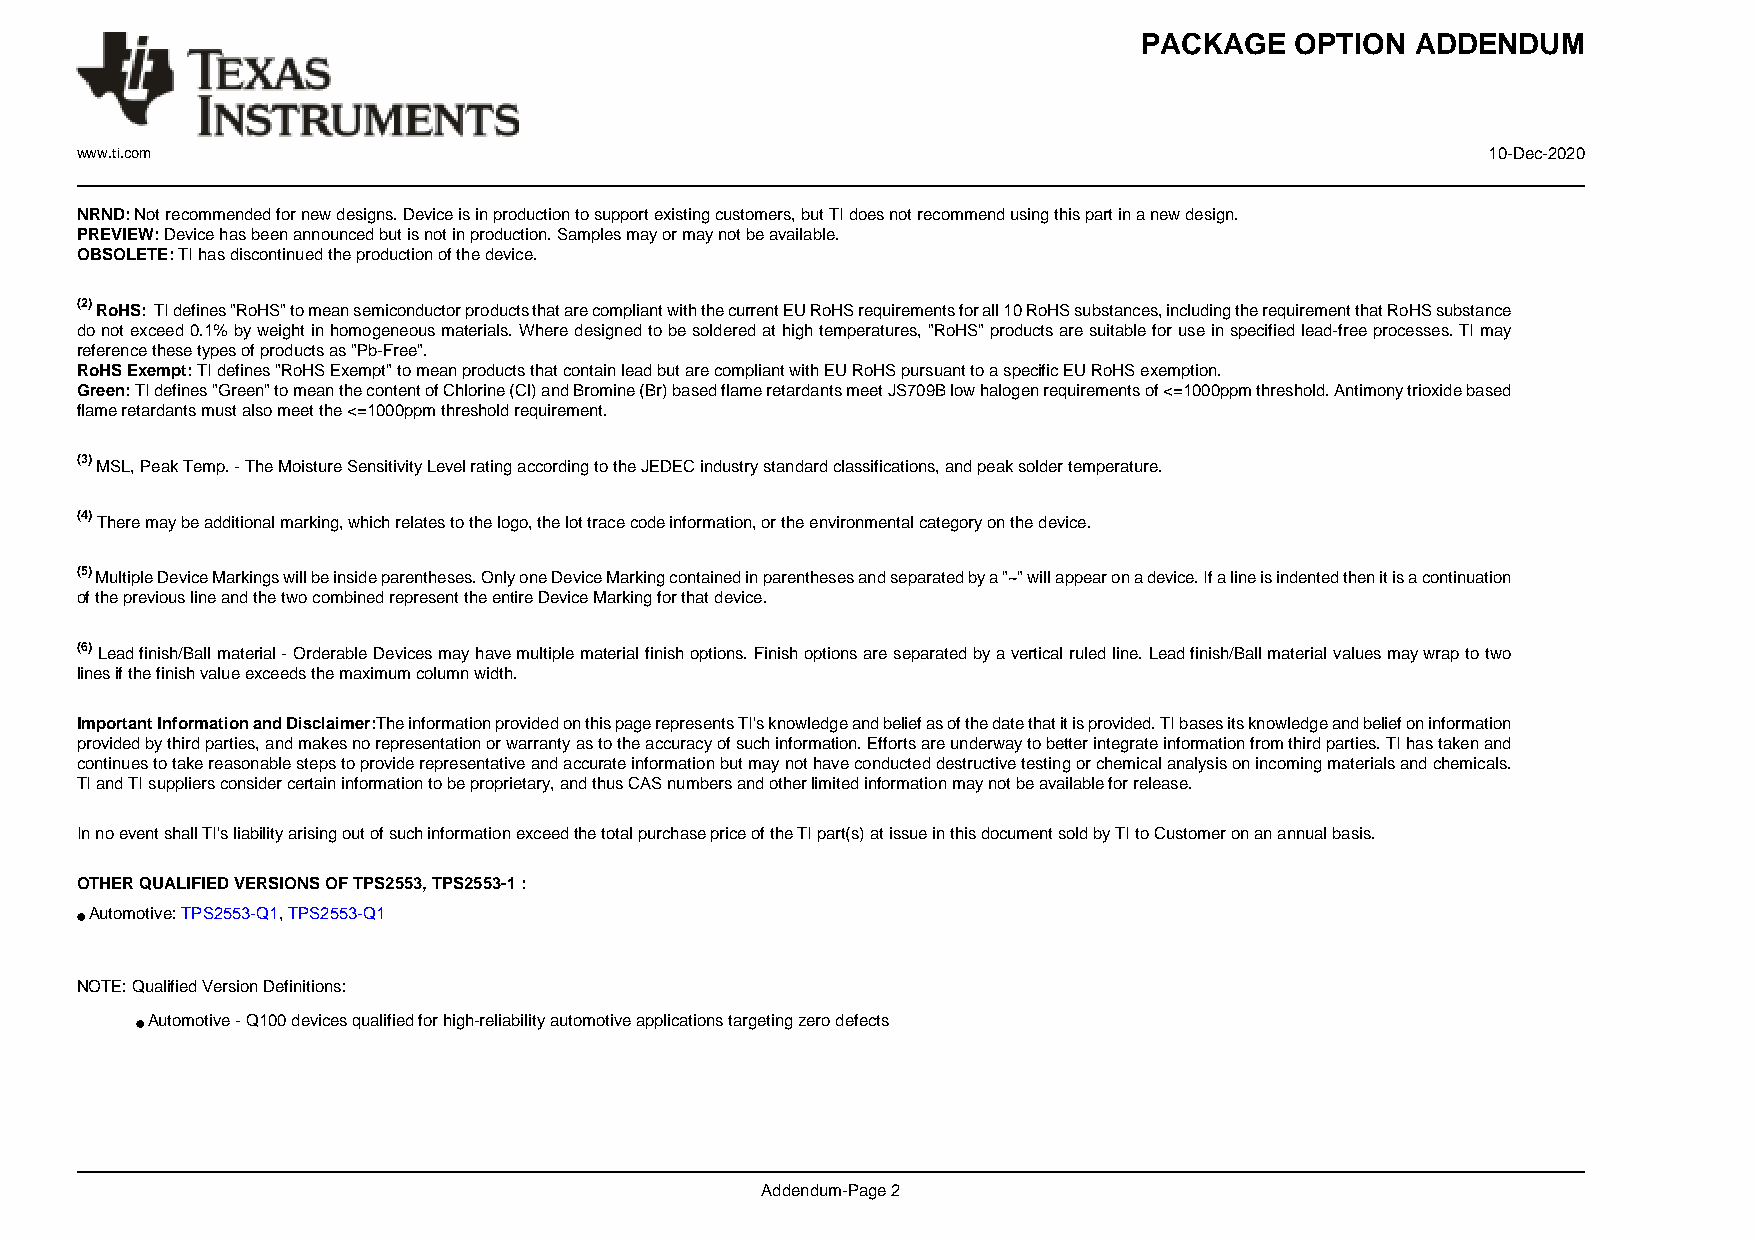
PACKAGE    OPTION  ADDENDUM
 www.ti.com                                                                                   10-Dec-2020
 NRND: Not recommended for new designs. Device is in production to support existing customers, but TI does not recommend using this part in a new design.
 PREVIEW: Device has been announced but is not in production. Samples may or may not be available.
 OBSOLETE: TI has discontinued the production of the device.
 (2) RoHS: TI defines "RoHS" to mean semiconductor products that are compliant with the current EU RoHS requirements for all 10 RoHS substances, including the requirement that RoHS substance
 do not exceed 0.1% by weight in homogeneous materials. Where designed to be soldered at high temperatures, "RoHS" products are suitable for use in specified lead-free processes. TI may
 reference these types of products as "Pb-Free".
 RoHS Exempt: TI defines "RoHS Exempt" to mean products that contain lead but are compliant with EU RoHS pursuant to a specific EU RoHS exemption.
 Green: TI defines "Green" to mean the content of Chlorine (Cl) and Bromine (Br) based flame retardants meet JS709B low halogen requirements of <=1000ppm threshold. Antimony trioxide based
 flame retardants must also meet the <=1000ppm threshold requirement.
 (3) MSL, Peak Temp. - The Moisture Sensitivity Level rating according to the JEDEC industry standard classifications, and peak solder temperature.
 (4) There may be additional marking, which relates to the logo, the lot trace code information, or the environmental category on the device.
 (5) Multiple Device Markings will be inside parentheses. Only one Device Marking contained in parentheses and separated by a "~" will appear on a device. If a line is indented then it is a continuation
 of the previous line and the two combined represent the entire Device Marking for that device.
 (6) Lead finish/Ball material - Orderable Devices may have multiple material finish options. Finish options are separated by a vertical ruled line. Lead finish/Ball material values may wrap to two
 lines if the finish value exceeds the maximum column width.
 Important Information and Disclaimer:The information provided on this page represents TI's knowledge and belief as of the date that it is provided. TI bases its knowledge and belief on information
 provided by third parties, and makes no representation or warranty as to the accuracy of such information. Efforts are underway to better integrate information from third parties. TI has taken and
 continues to take reasonable steps to provide representative and accurate information but may not have conducted destructive testing or chemical analysis on incoming materials and chemicals.
 TI and TI suppliers consider certain information to be proprietary, and thus CAS numbers and other limited information may not be available for release.
 In no event shall TI's liability arising out of such information exceed the total purchase price of the TI part(s) at issue in this document sold by TI to Customer on an annual basis.
 OTHER QUALIFIED VERSIONS OF TPS2553, TPS2553-1 :
 •Automotive: TPS2553-Q1, TPS2553-Q1
 NOTE: Qualified Version Definitions:
 •Automotive - Q100 devices qualified for high-reliability automotive applications targeting zero defects
 Addendum-Page 2